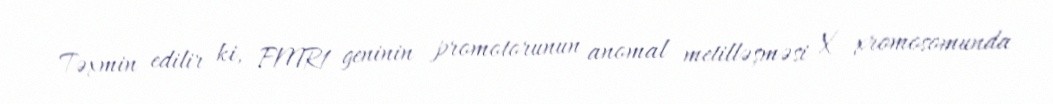
Təxmin edilir ki, FMR1 geninin promotorunun anomal metilləşməsi X xromosomunda